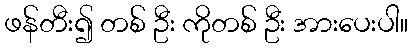
ဖန်တီး၍ တစ် ဦး ကိုတစ် ဦး အားပေးပါ။